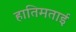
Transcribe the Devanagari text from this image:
हातिमताई